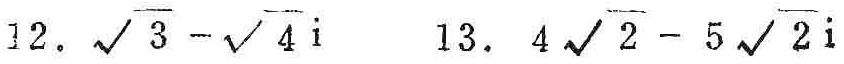
12. $\sqrt{3}-\sqrt{4}i$  13. $4\sqrt{2}-5\sqrt{2}i$